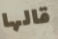
قالها